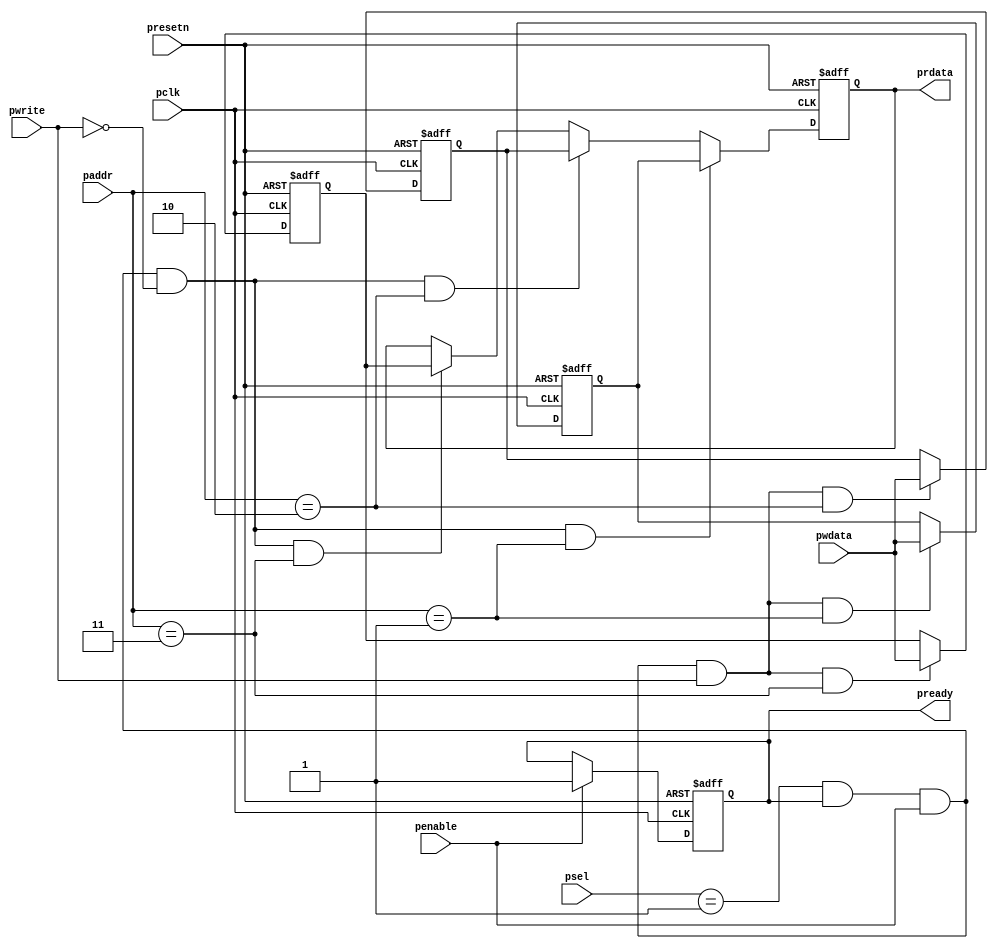
`timescale 1ns/1ps

module apb_slave(input [3:0] paddr,
		input pwrite,
		input [1:0] psel,
		input penable,
		output reg pready,
		input [31:0] pwdata,
		output reg [31:0] prdata,
		input pclk,
		input presetn);

		reg [31:0] spcr,spdr,wr_data;
		
		always@(posedge pclk or negedge presetn)
		if(!presetn)
			pready <= 1'b0;
		else if(penable==1'b1)	
			pready <= 1'b1;

		always@(posedge pclk or negedge presetn)
		if(!presetn)
			spcr <= 32'h0;
		else if(psel==2'b01 && pready && penable && pwrite && paddr==4'b0001)
			spcr <= pwdata;

		always@(posedge pclk or negedge presetn)
		if(!presetn)
			spdr <= 32'h0;
		else if(psel==2'b01 && pready && penable && pwrite && paddr==4'b0010)
			spdr <= pwdata;

		always@(posedge pclk or negedge presetn)
		if(!presetn)
			wr_data <= 32'h0;
		else if(psel==2'b01 && pready && penable && pwrite && paddr==4'b0011)
			wr_data <= pwdata;

		always@(posedge pclk or negedge presetn)
		if(!presetn)
			prdata <= 32'h0;
		else if(psel==2'b01 && pready && penable && !pwrite && paddr==4'b0001)
			prdata <= spcr;
		else if(psel==2'b01 && pready && penable && !pwrite && paddr==4'b0010)
			prdata <= spdr;
		else if(psel==2'b01 && pready && penable && !pwrite && paddr==4'b0011)
			prdata <= wr_data;

endmodule